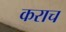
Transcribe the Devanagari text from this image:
कराच